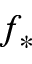
f _ { * }